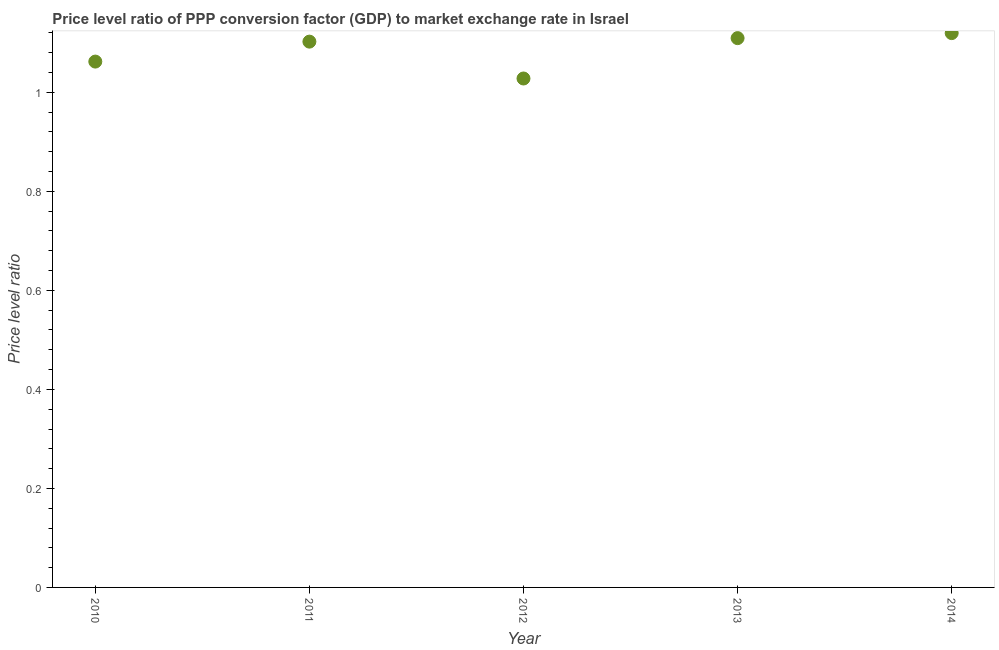
| Year | Price level ratio |
 | --- | --- |
 | 2010 | 1.06 |
 | 2011 | 1.1 |
 | 2012 | 1.03 |
 | 2013 | 1.11 |
 | 2014 | 1.12 |